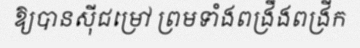
ឱ្យបានស៊ីជម្រៅ ព្រមទាំងពង្រឹងពង្រីក